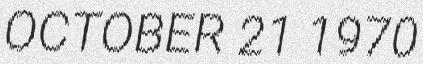
OCTOBER 21 1970